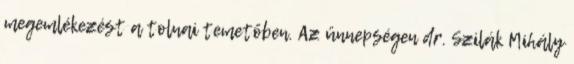
megemlékezést a tolnai temetőben. Az ünnepségen dr. Szilák Mihály